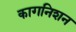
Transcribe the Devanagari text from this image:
कागनिशन